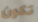
تكون